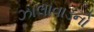
ઝાલાવાડનો